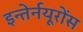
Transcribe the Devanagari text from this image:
इन्तेर्नयूरोंस